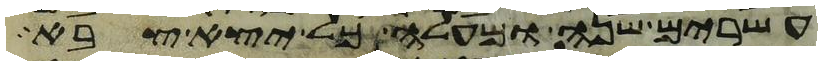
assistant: עשרים שנה ומעלה כל יצא צבא